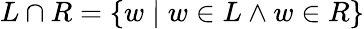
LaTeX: L\cap R=\{ w\mid w\in L\land w\in R\}